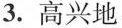
3.高兴地 4.悄悄地